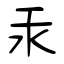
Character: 汞